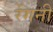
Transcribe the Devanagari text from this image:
रेंगनी